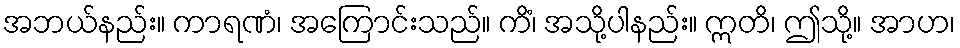
အဘယ်နည်း။ ကာရဏံ၊ အကြောင်းသည်။ ကိံ၊ အသို့ပါနည်း။ ဣတိ၊ ဤသို့။ အာဟ၊